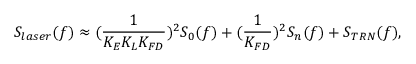
S _ { l a s e r } ( f ) \approx ( \frac { 1 } { K _ { E } K _ { L } K _ { F D } } ) ^ { 2 } S _ { 0 } ( f ) + ( \frac { 1 } { K _ { F D } } ) ^ { 2 } S _ { n } ( f ) + S _ { T R N } ( f ) ,